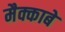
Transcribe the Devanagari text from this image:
मैक्काबे